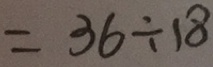
= 3 6 \div 1 8